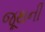
જૂથની